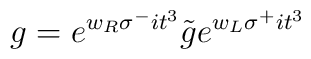
g=e^{w_R\sigma^-it^3}{\tilde g}e^{w_L\sigma^+it^3}